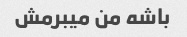
باشه من میبرمش